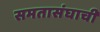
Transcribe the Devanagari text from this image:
समतासंघाची